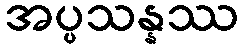
အပ္ပသန္နဿ